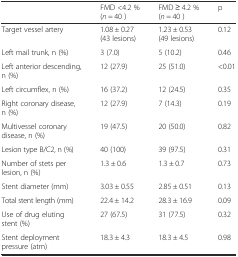
|  | FMD <4.2 % (n = 40 ) | FMD ≥ 4.2 % (n = 40 ) | p |
 | --- | --- | --- | --- |
 | Target vessel artery | 1.08 ± 0.27 (43 lesions) | 1.23 ± 0.53 (49 lesions) | 0.12 |
 | Left mail trunk, n (%) | 3 (7.0) | 5 (10.2) | 0.46 |
 | Left anterior descending, n (%) | 12 (27.9) | 25 (51.0) | <0.01 |
 | Left circumflex, n (%) | 16 (37.2) | 12 (24.5) | 0.35 |
 | Right coronary disease, n (%) | 12 (27.9) | 7 (14.3) | 0.19 |
 | Multivessel coronary disease, n (%) | 19 (47.5) | 20 (50.0) | 0.82 |
 | Lesion type B/C2, n (%) | 40 (100) | 39 (97.5) | 0.31 |
 | Number of stets per lesion, n (%) | 1.3 ± 0.6 | 1.3 ± 0.7 | 0.73 |
 | Stent diameter (mm) | 3.03 ± 0.55 | 2.85 ± 0.51 | 0.13 |
 | Total stent length (mm) | 22.4 ± 14.2 | 28.3 ± 16.9 | 0.09 |
 | Use of drug eluting stent (%) | 27 (67.5) | 31 (77.5) | 0.32 |
 | Stent deployment pressure (atm) | 18.3 ± 4.3 | 18.3 ± 4.5 | 0.98 |